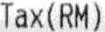
TAX(RM)